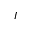
I